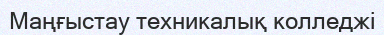
Маңғыстау техникалық колледжі